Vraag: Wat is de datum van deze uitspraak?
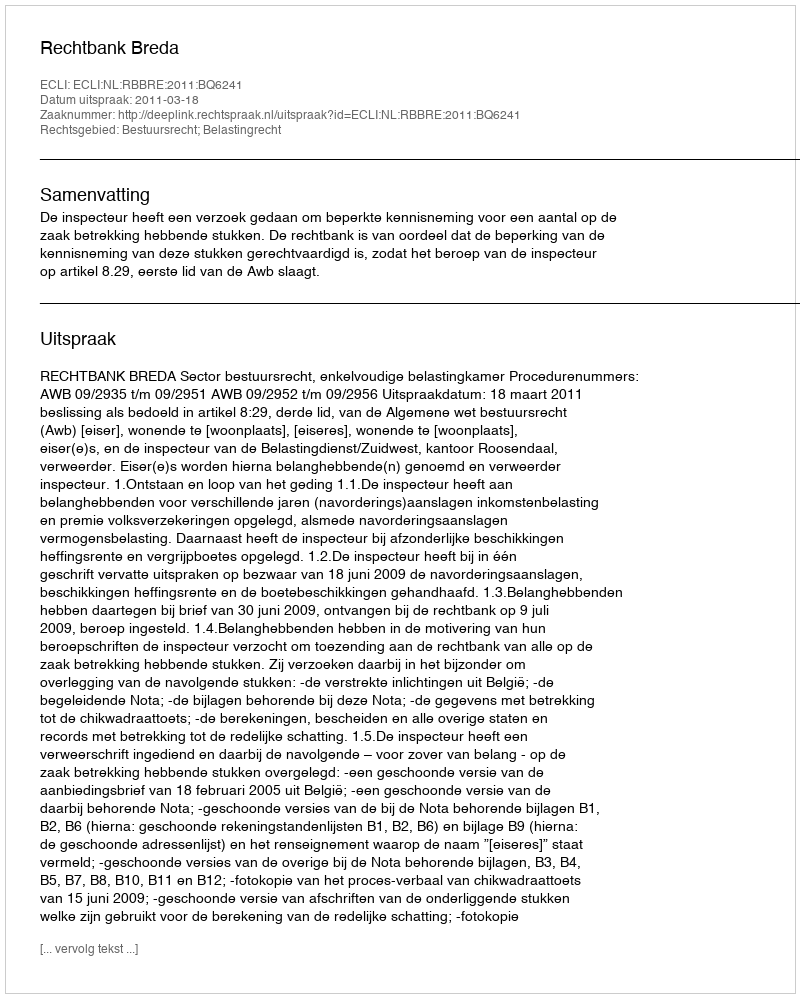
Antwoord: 2011-03-18